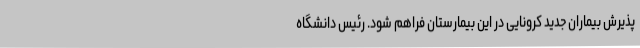
پذیرش بیماران جدید کرونایی در این بیمارستان فراهم شود. رئیس دانشگاه